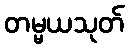
တမ္မယသုတ်